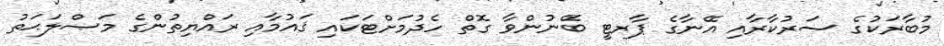
މުބާރަކުގެ ސަރުކާރާއި އޭނާގެ ޕާރޓީ ބޭނުންވާ ގޮތް ހެދުމަށްޓަކައި ޤައުމާއި ރައްޔިތުންގެ މަޞްލަޙަތު